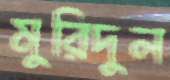
মুরিদুল